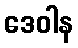
ဒေဝါန